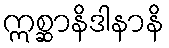
ဣစ္ဆာနိဒါနာနိ